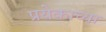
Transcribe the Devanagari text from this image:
प्रयेकाच्या